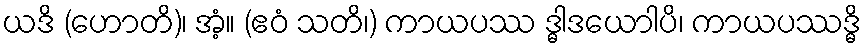
ယဒိ (ဟောတိ)၊ အံ့။ (ဧဝံ သတိ၊) ကာယပဿ ဒ္ဓါဒယောါပိ၊ ကာယပဿဒ္ဓိ